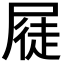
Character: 𭕫